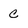
Character: C